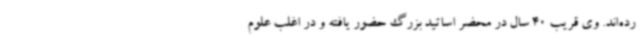
رده‌اند. وی قریب 40 سال در محضر اساتید بزرگ حضور یافته و در اغلب علوم